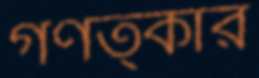
গণত্কার